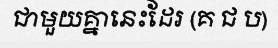
ជាមួយគ្នានេះដែរ (គ ជ ប)